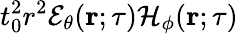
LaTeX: t_{0}^{2}r^{2}{\mathcal E}_{\theta}({\mathbf r};\tau){\mathcal H}_{\phi}({\mathbf r};\tau)